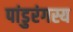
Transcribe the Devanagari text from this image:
पांडुरंगस्य